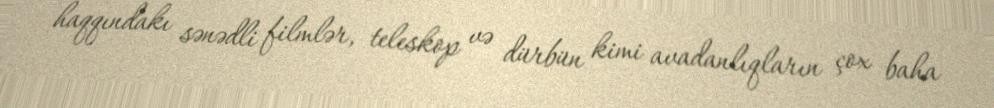
haqqındakı sənədli filmlər, teleskop və dürbün kimi avadanlıqların çox baha